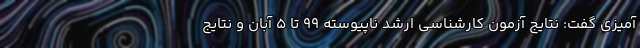
آمیزی گفت: نتایج آزمون کارشناسی ارشد ناپیوسته ۹۹ تا ۵ آبان و نتایج